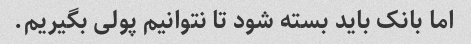
اما بانک باید بسته شود تا نتوانیم پولی بگیریم.